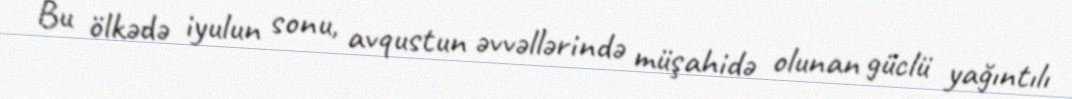
Bu ölkədə iyulun sonu, avqustun əvvəllərində müşahidə olunan güclü yağıntılı